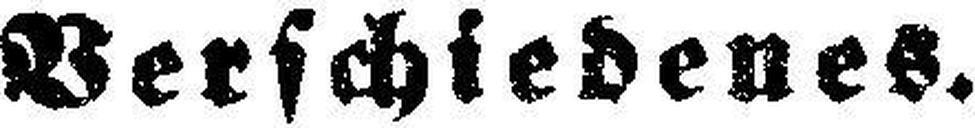
Verschiedenes.